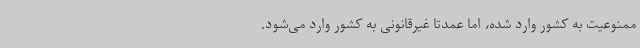
ممنوعیت به کشور وارد شده، اما عمدتا غیرقانونی به کشور وارد می‌شود.